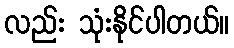
လည်း သုံးနိုင်ပါတယ်။